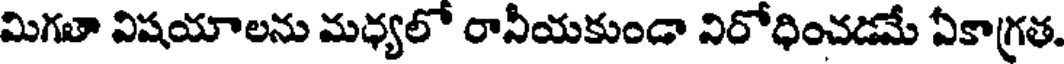
మిగతా విషయాలను మధ్యలో రానీయకుండా నిరోధించడమే ఏకాగ్రత.